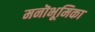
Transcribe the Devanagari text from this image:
मनॊभूमिका